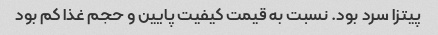
پیتزا سرد بود. نسبت به قیمت کیفیت پایین و حجم غذا کم بود